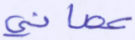
عصاني